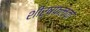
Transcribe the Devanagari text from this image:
शीर्षफलक